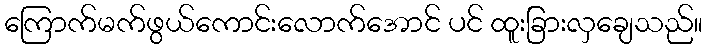
ကြောက်မက်ဖွယ်ကောင်းလောက်အောင် ပင် ထူးခြားလှချေသည်။